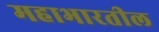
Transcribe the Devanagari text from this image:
महाभारतील